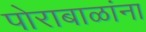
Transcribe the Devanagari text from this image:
पोराबाळांना